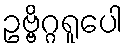
ဥဗ္ဗိဂ္ဂရူပေါ